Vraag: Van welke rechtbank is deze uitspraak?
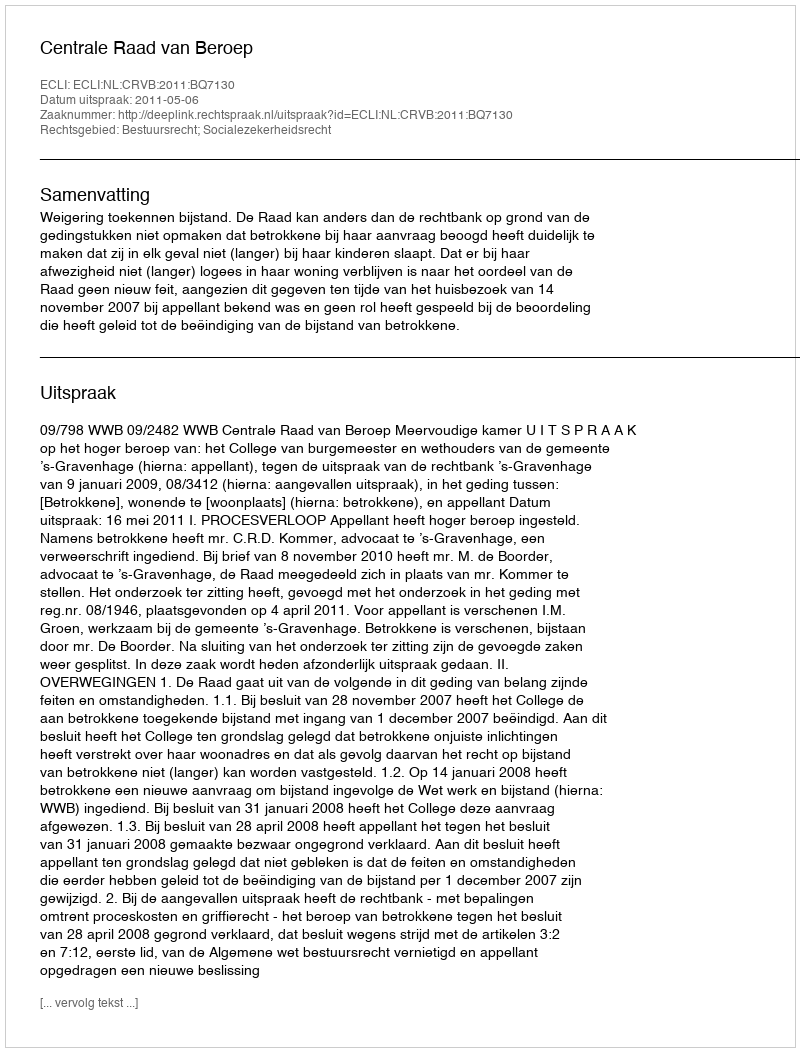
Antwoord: Centrale Raad van Beroep